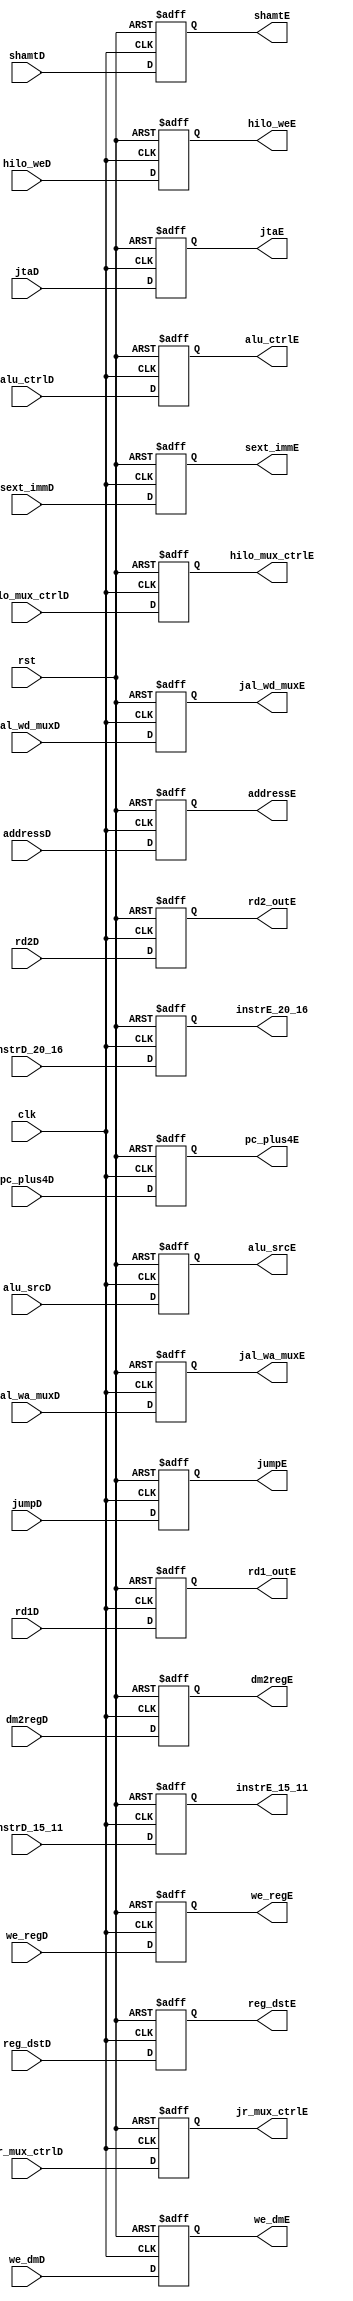
module E_Stage_Reg(
    input        clk, rst,
    input        jr_mux_ctrlD,
    input        jumpD,
    input        hilo_weD,
    input [1:0]  hilo_mux_ctrlD,
    input        dm2regD,
    input        we_dmD,

    input [3:0]  alu_ctrlD,
    input        alu_srcD,
    input        reg_dstD,
    input        we_regD,
    input        jal_wa_muxD,
    input        jal_wd_muxD,
    
    input [31:0] rd1D,
    input [31:0] rd2D,
    
    input [4:0]  instrD_20_16,
    input [4:0]  instrD_15_11,
    
    input [31:0] pc_plus4D,
    
    input [4:0]  shamtD,
    input [31:0] sext_immD,
    
    input [31:0] addressD,
    input [31:0] jtaD,
    
    
    output reg        jr_mux_ctrlE,
    output reg        jumpE,
    output reg        hilo_weE,
    output reg [1:0]  hilo_mux_ctrlE,
    output reg        dm2regE,
    output reg        we_dmE,
    output reg [3:0]  alu_ctrlE,
    output reg        alu_srcE,
    output reg        reg_dstE,
    output reg        we_regE,
    output reg        jal_wa_muxE,
    output reg        jal_wd_muxE,
    
    
    output reg [31:0] rd1_outE,
    output reg [31:0] rd2_outE,
    
    output reg [4:0]  instrE_20_16,
    output reg [4:0]  instrE_15_11,
    
    output reg [31:0] pc_plus4E,
    
    output reg [4:0]  shamtE,
    output reg [31:0] sext_immE,
    
    output reg [31:0] addressE,
    output reg [31:0] jtaE
    );
    
always @ (negedge clk, posedge rst) begin
    if (rst) begin
        jr_mux_ctrlE   <= 0;
        jumpE          <= 0;
        hilo_weE       <= 0;
        hilo_mux_ctrlE <= 0;
        dm2regE        <= 0;
        we_dmE         <= 0;
        alu_ctrlE      <= 0;
        alu_srcE       <= 0;
        reg_dstE       <= 0;
        we_regE        <= 0;
        jal_wa_muxE    <= 0;
        jal_wd_muxE    <= 0;

        rd1_outE       <= 0;
        rd2_outE       <= 0;

        instrE_20_16   <= 0;
        instrE_15_11   <= 0;

        pc_plus4E      <= 0;

        shamtE         <= 0;
        sext_immE      <= 0;
        
        addressE       <= 0;
        jtaE           <= 0;
    end
    
    else begin
        jr_mux_ctrlE   <= jr_mux_ctrlD;
        jumpE          <= jumpD;
        hilo_weE       <= hilo_weD;
        hilo_mux_ctrlE <= hilo_mux_ctrlD;
        dm2regE        <= dm2regD;
        we_dmE         <= we_dmD;
        alu_ctrlE      <= alu_ctrlD;
        alu_srcE       <= alu_srcD;
        reg_dstE       <= reg_dstD;
        we_regE        <= we_regD;
        jal_wa_muxE    <= jal_wa_muxD;
        jal_wd_muxE    <= jal_wd_muxD;

        rd1_outE       <= rd1D;
        rd2_outE       <= rd2D;

        instrE_20_16   <= instrD_20_16;
        instrE_15_11   <= instrD_15_11;

        pc_plus4E      <= pc_plus4D;

        shamtE         <= shamtD;
        sext_immE      <= sext_immD;
        
        addressE       <= addressD;
        jtaE           <= jtaD;
    end
        
end


endmodule